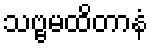
သဗ္ဗမထိတာနံ